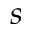
s